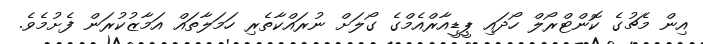
އިން މެޗުގެ ކޮންޓްރޯލް ހޯދައި ޕީޑީއާރްއެމްގެ ގޯލަށް ނުރައްކާތެރި ހަމަލާތައް އަމާޒުކުރަން ފެށުމެވެ.